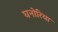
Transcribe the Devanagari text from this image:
घनोरिया